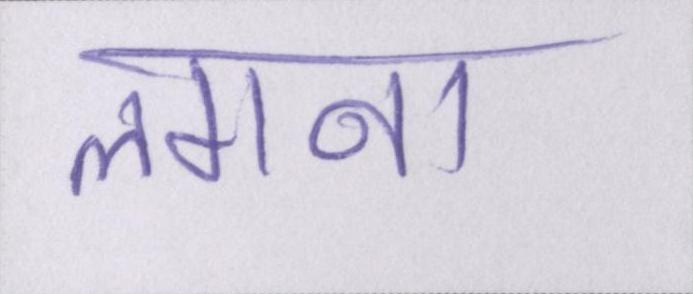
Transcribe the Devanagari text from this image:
लगना